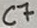
Text: C7